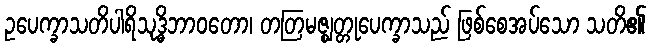
ဥပေက္ခာသတိပါရိသုဒ္ဓိဘာဝတော၊ တတြမဇ္ဈတ္တုပေက္ခာသည် ဖြစ်စေအပ်သော သတိ၏